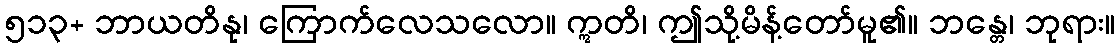
၅၁၃+ ဘာယတိနု၊ ကြောက်လေသလော။ ဣတိ၊ ဤသို့မိန့်တော်မူ၏။ ဘန္တေ၊ ဘုရား။